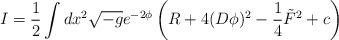
LaTeX: \begin{align*}I = \frac{1}{2} \int dx^2 \sqrt{-g} e^{-2 \phi} \left( R + 4 (D \phi )^2 - \frac{1}{4} \tilde{F}^2 + c \right) \end{align*}